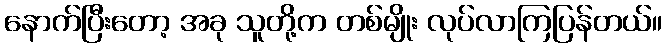
နောက်ပြီးတော့ အခု သူတို့က တစ်မျိုး လုပ်လာကြပြန်တယ်။